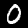
Digit: 0